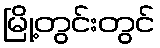
မြို့တွင်းတွင်